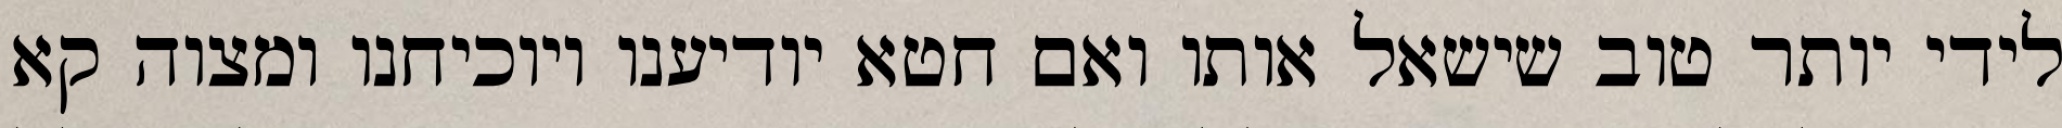
לידי יותר טוב שישאל אותו ואם חטא יודיענו ויוכיחנו ומצוה קא